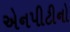
એનપીટીનો